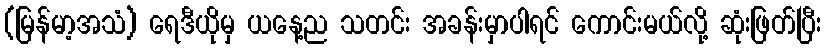
(မြန်မာ့အသံ) ရေဒီယိုမှ ယနေ့ည သတင်း အခန်းမှာပါရင် ကောင်းမယ်လို့ ဆုံးဖြတ်ပြီး